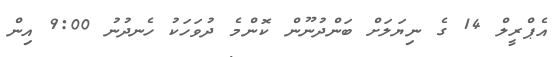
އެޕްރީލް 14 ގެ ނިޔަލަށް ބަންދުނޫން ކޮންމެ ދުވަހަކު ހެނދުނު 9:00 އިން